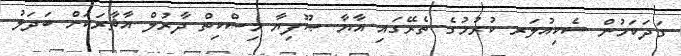
ގަދަކަމުން ސެކިއުލަރ ކުރުމުގެ ތެރޭގައި އާޔާ ޞޫފިޔާ މިސްކިތް ދާރުލް އާޘާރަކަށް ބަދަލު